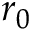
r _ { 0 }